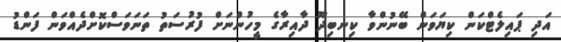
އަދި ޕައިލެޓްކަން ކިޔަވަން ބޭނުންވާ ކިނބިދޫ ދާއިރާގެ މީހުންނަށް ފުރުސަތު ތަނަވަސްކޮށްދެއްވަން ފަންޑު